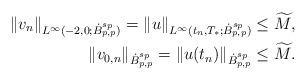
LaTeX: \begin{align*}\|v_n\|_{L^{\infty}(-2,0; \dot B^{s_p}_{p,p})} = \|u\|_{L^{\infty}(t_n,T_*; \dot B^{s_p}_{p,p})} &\leq \widetilde{M}, \\\|v_{0,n}\|_{\dot B^{s_p}_{p,p}} = \|u(t_n)\|_{\dot B^{s_p}_{p,p}} &\leq \widetilde{M}.\end{align*}